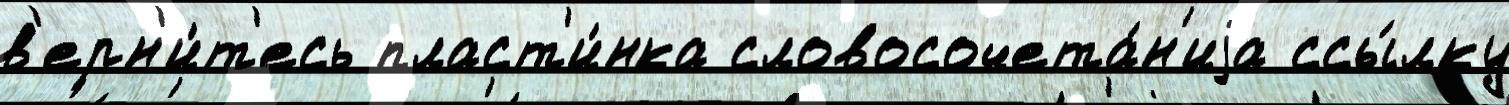
в'ерн'и́т'есь пласт'и́нка словосочета́н'иjа ссы́лку